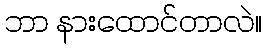
ဘာ နားထောင်တာလဲ။